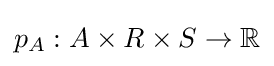
p_{A}:A\times R\times S\to \mathbb {R}